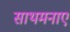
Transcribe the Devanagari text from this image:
साथमनाए